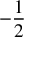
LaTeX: - { \frac { 1 } { 2 } }